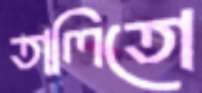
তালিতো